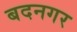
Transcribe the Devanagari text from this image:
बदनगर